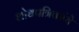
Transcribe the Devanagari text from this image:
शोधपत्रिकांचे